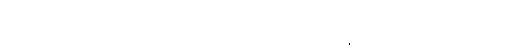
ထောင်သောဦးခေါင်း ရှိသကဲ့သို့။ ဟုတွာ၊ ၍။ ပရိဗျတ္တကိစ္စာ၊ ထင်သောကိစ္စ ရှိသည်။